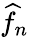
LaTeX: \widehat{f}_{n}